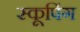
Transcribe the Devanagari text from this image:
स्कूपिंग